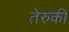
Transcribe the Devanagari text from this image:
तेरुकी